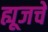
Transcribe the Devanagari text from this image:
ह्यूजचे